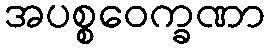
အပစ္စဝေက္ခဏာ